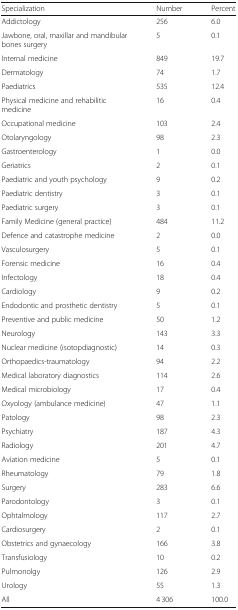
| Specialization | Number | Percent |
 | --- | --- | --- |
 | Addictology | 256 | 6.0 |
 | Jawbone, oral, maxillar and mandibular bones surgery | 5 | 0.1 |
 | Internal medicine | 849 | 19.7 |
 | Dermatology | 74 | 1.7 |
 | Paediatrics | 535 | 12.4 |
 | Physical medicine and rehabilitic medicine | 16 | 0.4 |
 | Occupational medicine | 103 | 2.4 |
 | Otolaryngology | 98 | 2.3 |
 | Gastroenterology | 1 | 0.0 |
 | Geriatrics | 2 | 0.1 |
 | Paediatric and youth psychology | 9 | 0.2 |
 | Paediatric dentistry | 3 | 0.1 |
 | Paediatric surgery | 3 | 0.1 |
 | Family Medicine (general practice) | 484 | 11.2 |
 | Defence and catastrophe medicine | 2 | 0.0 |
 | Vasculosurgery | 5 | 0.1 |
 | Forensic medicine | 16 | 0.4 |
 | Infectology | 18 | 0.4 |
 | Cardiology | 9 | 0.2 |
 | Endodontic and prosthetic dentistry | 5 | 0.1 |
 | Preventive and public medicine | 50 | 1.2 |
 | Neurology | 143 | 3.3 |
 | Nuclear medicine (isotopdiagnostic) | 14 | 0.3 |
 | Orthopaedics-traumatology | 94 | 2.2 |
 | Medical laboratory diagnostics | 114 | 2.6 |
 | Medical microbiology | 17 | 0.4 |
 | Oxyology (ambulance medicine) | 47 | 1.1 |
 | Patology | 98 | 2.3 |
 | Psychiatry | 187 | 4.3 |
 | Radiology | 201 | 4.7 |
 | Aviation medicine | 5 | 0.1 |
 | Rheumatology | 79 | 1.8 |
 | Surgery | 283 | 6.6 |
 | Parodontology | 3 | 0.1 |
 | Ophtalmology | 117 | 2.7 |
 | Cardiosurgery | 2 | 0.1 |
 | Obstetrics and gynaecology | 166 | 3.8 |
 | Transfusiology | 10 | 0.2 |
 | Pulmonolgy | 126 | 2.9 |
 | Urology | 55 | 1.3 |
 | All | 4 306 | 100.0 |